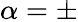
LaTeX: \alpha=\pm